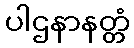
ပါဌနာနတ္တံ